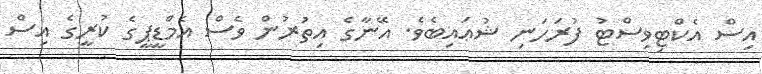
އިސް އެކްޓިވިސްޓު ފުރަހަނި ޝުޢައިބެވެ. އޭނާގެ އިތުރުން ވެސް އެމްޑީޕީގެ ކުރީގެ އިސް